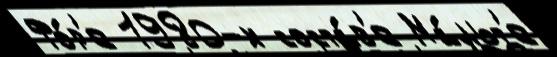
Фо́р'е 1980-х соста́в'е Ма́льт'е